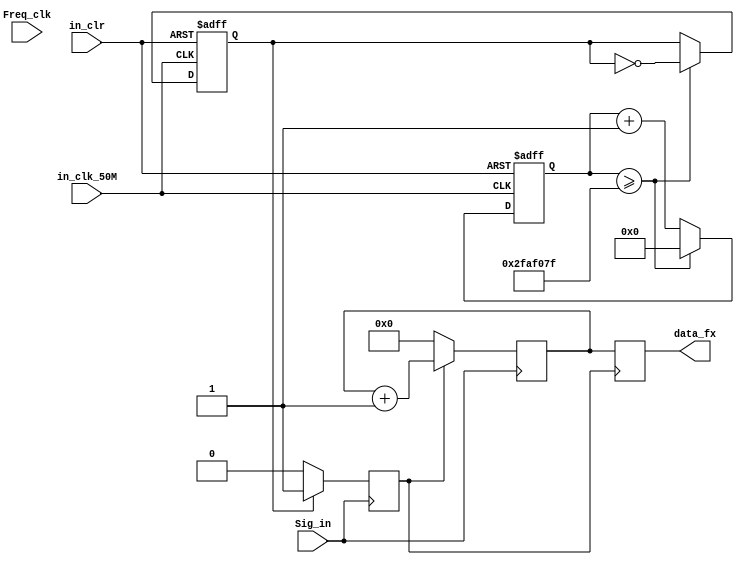
 module  Drive_Freq
(
	  input   Freq_clk
    ,input   in_clk_50M 
    ,input   in_clr  //
    ,input   Sig_in //
	 
    ,output  reg [31:0]   data_fx
);

parameter T_1s = 28'd49_999_999;
//
//              1S
reg [27:0]  TCount;//
always @ (posedge in_clk_50M or negedge in_clr)
    if(!in_clr)
        TCount <= 28'd0;
    else if(TCount >= T_1s)
        TCount <= 28'd0;
    else
        TCount <= TCount + 1'b1;

reg TCountCnt;//in_clr
always @ (posedge in_clk_50M or negedge in_clr)
    if(!in_clr)
        TCountCnt <= 1'b0;
    else if(TCount >= T_1s)
        TCountCnt <= ~TCountCnt;

//
//          
reg startCnt;//
always @ (posedge Sig_in)//
    if(TCountCnt == 1'b1)
        startCnt <= 1'b1;
    else
        startCnt <= 1'b0;

//
//          
reg [31:0]  SigTemp;
reg [1:0]  flag_cnt;
always @ (posedge in_clk_50M)
	flag_cnt <= (flag_cnt+1)% 2'd2;
	
	
	
always @ (posedge Sig_in )//
    if(startCnt == 1'b1)//
        SigTemp <= SigTemp + 1'b1;
    else
        SigTemp <= 'd0;
	  
//
//          
always @ (negedge startCnt)//
    data_fx <= SigTemp;
	

endmodule